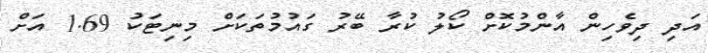
އަދި ދިވެހިން އާންމުކޮށް ކޯލު ކުރާ ބޭރު ގައުމުތަކަށް މިނިޓަކު 1.69 އަށް